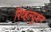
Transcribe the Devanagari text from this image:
रिव्हल्युशन